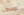
لوسون